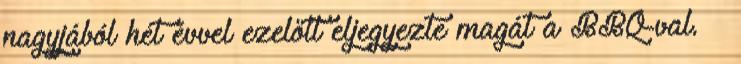
nagyjából hét évvel ezelőtt eljegyezte magát a BBQ-val. –